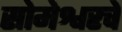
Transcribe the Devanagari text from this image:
सोमेश्वरचे